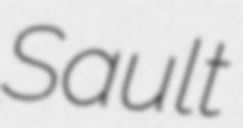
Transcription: Sault